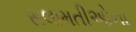
સલામતીઓના